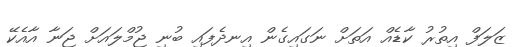
ޒަލަފް އިތުރު ކާޑެއް އަތަށް ނަގައިގެން އިނދެފައި ބުނި ޖުމްލައަށް ޖަނާ އާއެކޭ